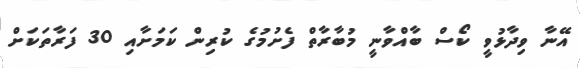
އޭނާ ވިދާޅުވީ ކޯސް ބާއްވާނީ މުބާރާތް ފެށުމުގެ ކުރިން ކަމަށާއި 30 ފަރާތަކަށް